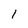
Character: 1